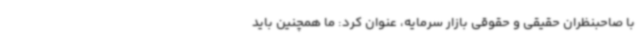
با صاحبنظران حقیقی و حقوقی بازار سرمایه، عنوان کرد: ما همچنین باید